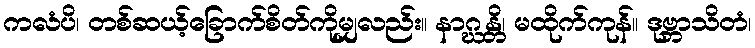
ကလံပိ၊ တစ်ဆယ့်ခြောက်စိတ်ကိုမျှလည်း။ နာဂ္ဃန္တိ၊ မထိုက်ကုန်။ ဒုဗ္ဘာသိတံ၊